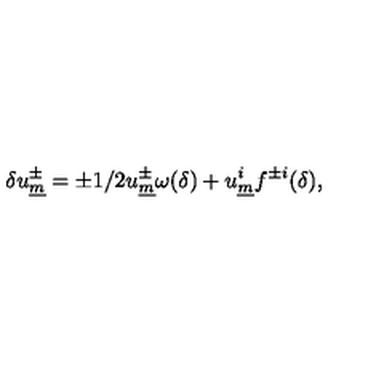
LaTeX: \delta u _ { \underline { { m } } } ^ { \pm } = \pm 1 / 2 u _ { \underline { { m } } } ^ { \pm } \omega ( \delta ) + u _ { \underline { { m } } } ^ { i } f ^ { \pm i } ( \delta ) ,